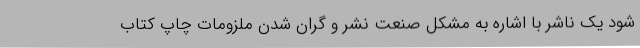
شود یک ناشر با اشاره به مشکل صنعت نشر و گران شدن ملزومات چاپ کتاب